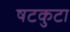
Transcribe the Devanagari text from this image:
षटकुटा